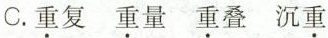
C. 重复 重量 重叠 沉重